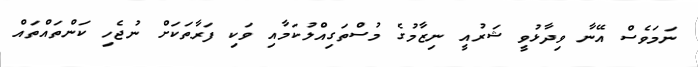
ނަމަވެސް އޭނާ ވިދާޅުވީ ޝަރުއީ ނިޒާމުގެ މުސްތަގިއްލުކަމާއި ވަކި ފަރާތަކަށް ނުޖެހި ކަންތައްތައް